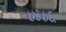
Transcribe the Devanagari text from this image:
८४८६